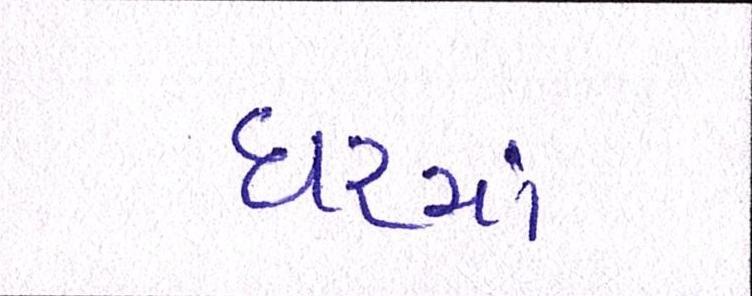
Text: ધરમાં